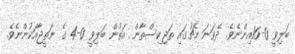
ބަލިވީ 0-16އިންނެވެ. ދެވަނަ މެޗުގައި ތަޖިކިސްތާން އަތުން ބަލިވީ 0-4 ގެ ނަތީޖާއަކުންނެވެ.